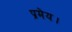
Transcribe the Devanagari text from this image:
प्रमेय।